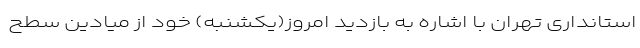
استانداری تهران با اشاره به بازدید امروز(یکشنبه) خود از میادین سطح